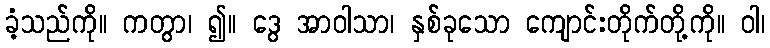
ခံ့သည်ကို။ ကတွာ၊ ၍။ ဒွေ အာဝါသာ၊ နှစ်ခုသော ကျောင်းတိုက်တို့ကို။ ဝါ၊